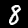
Digit: 8